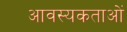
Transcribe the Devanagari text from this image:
आवस्यकताओं